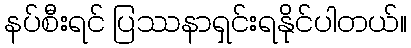
နပ်စီးရင် ပြဿနာရှင်းရနိုင်ပါတယ်။